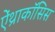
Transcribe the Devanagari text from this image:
ऐंथ्राकॉसिस